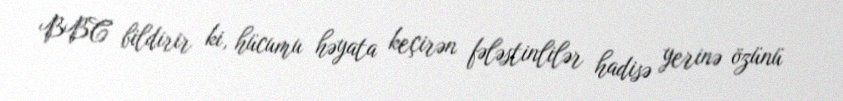
BBC bildirir ki, hücumu həyata keçirən fələstinlilər hadisə yerinə özünü